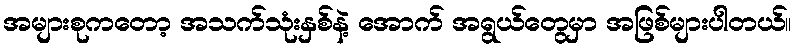
အများစုကတော့ အသက်သုံးနှစ်နဲ့ အောက် အရွယ်တွေမှာ အဖြစ်များပါတယ်။